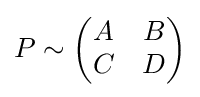
P\sim {\begin{pmatrix}A&B\\C&D\end{pmatrix}}